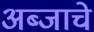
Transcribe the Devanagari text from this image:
अब्जाचे